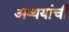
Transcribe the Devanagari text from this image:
अव्ययांची